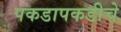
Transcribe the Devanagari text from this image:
पकडापकडीचे